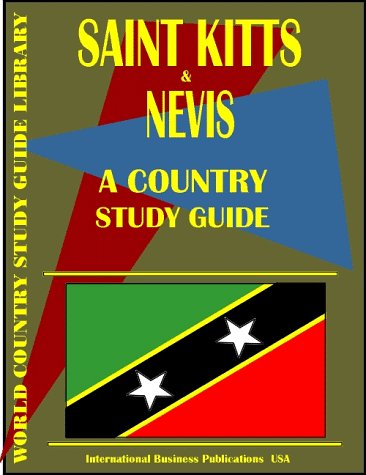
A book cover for Saint Kitts and Nevis Country Study Guide (World Country; USA International Business Publications; Travel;